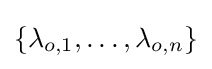
\{\lambda _{o,1},\dots ,\lambda _{o,n}\}